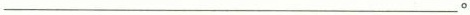
___ 。